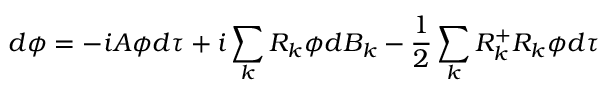
d \phi = - i { \cal A } \phi d \tau + i \sum _ { k } R _ { k } \phi d { \cal B } _ { k } - \frac { 1 } { 2 } \sum _ { k } R _ { k } ^ { + } R _ { k } \phi d \tau